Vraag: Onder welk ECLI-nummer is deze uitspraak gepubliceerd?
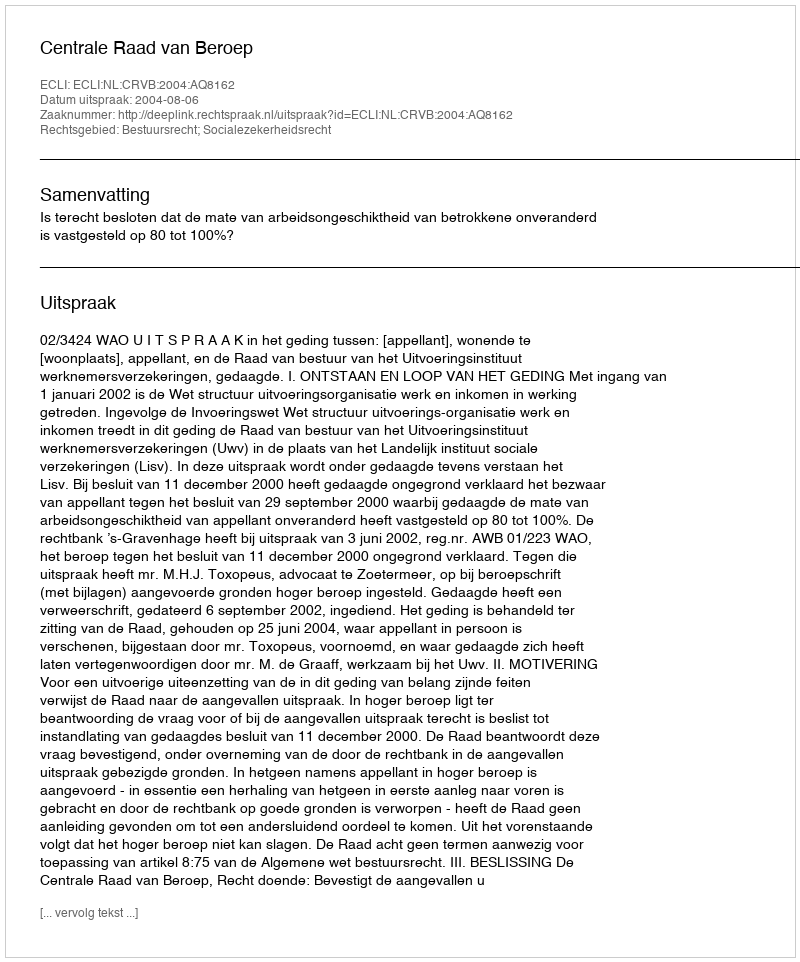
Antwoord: ECLI:NL:CRVB:2004:AQ8162